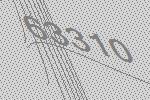
63310